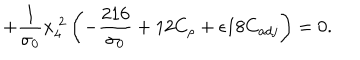
\hspace { 2 c m } + \frac { 1 } { \sigma _ { 0 } } x _ { 4 } ^ { ~ 2 } \left( - \frac { 2 1 6 } { \sigma _ { 0 } } + 1 2 C _ { \rho } + \epsilon 1 8 C _ { a d j } \right) = 0 .